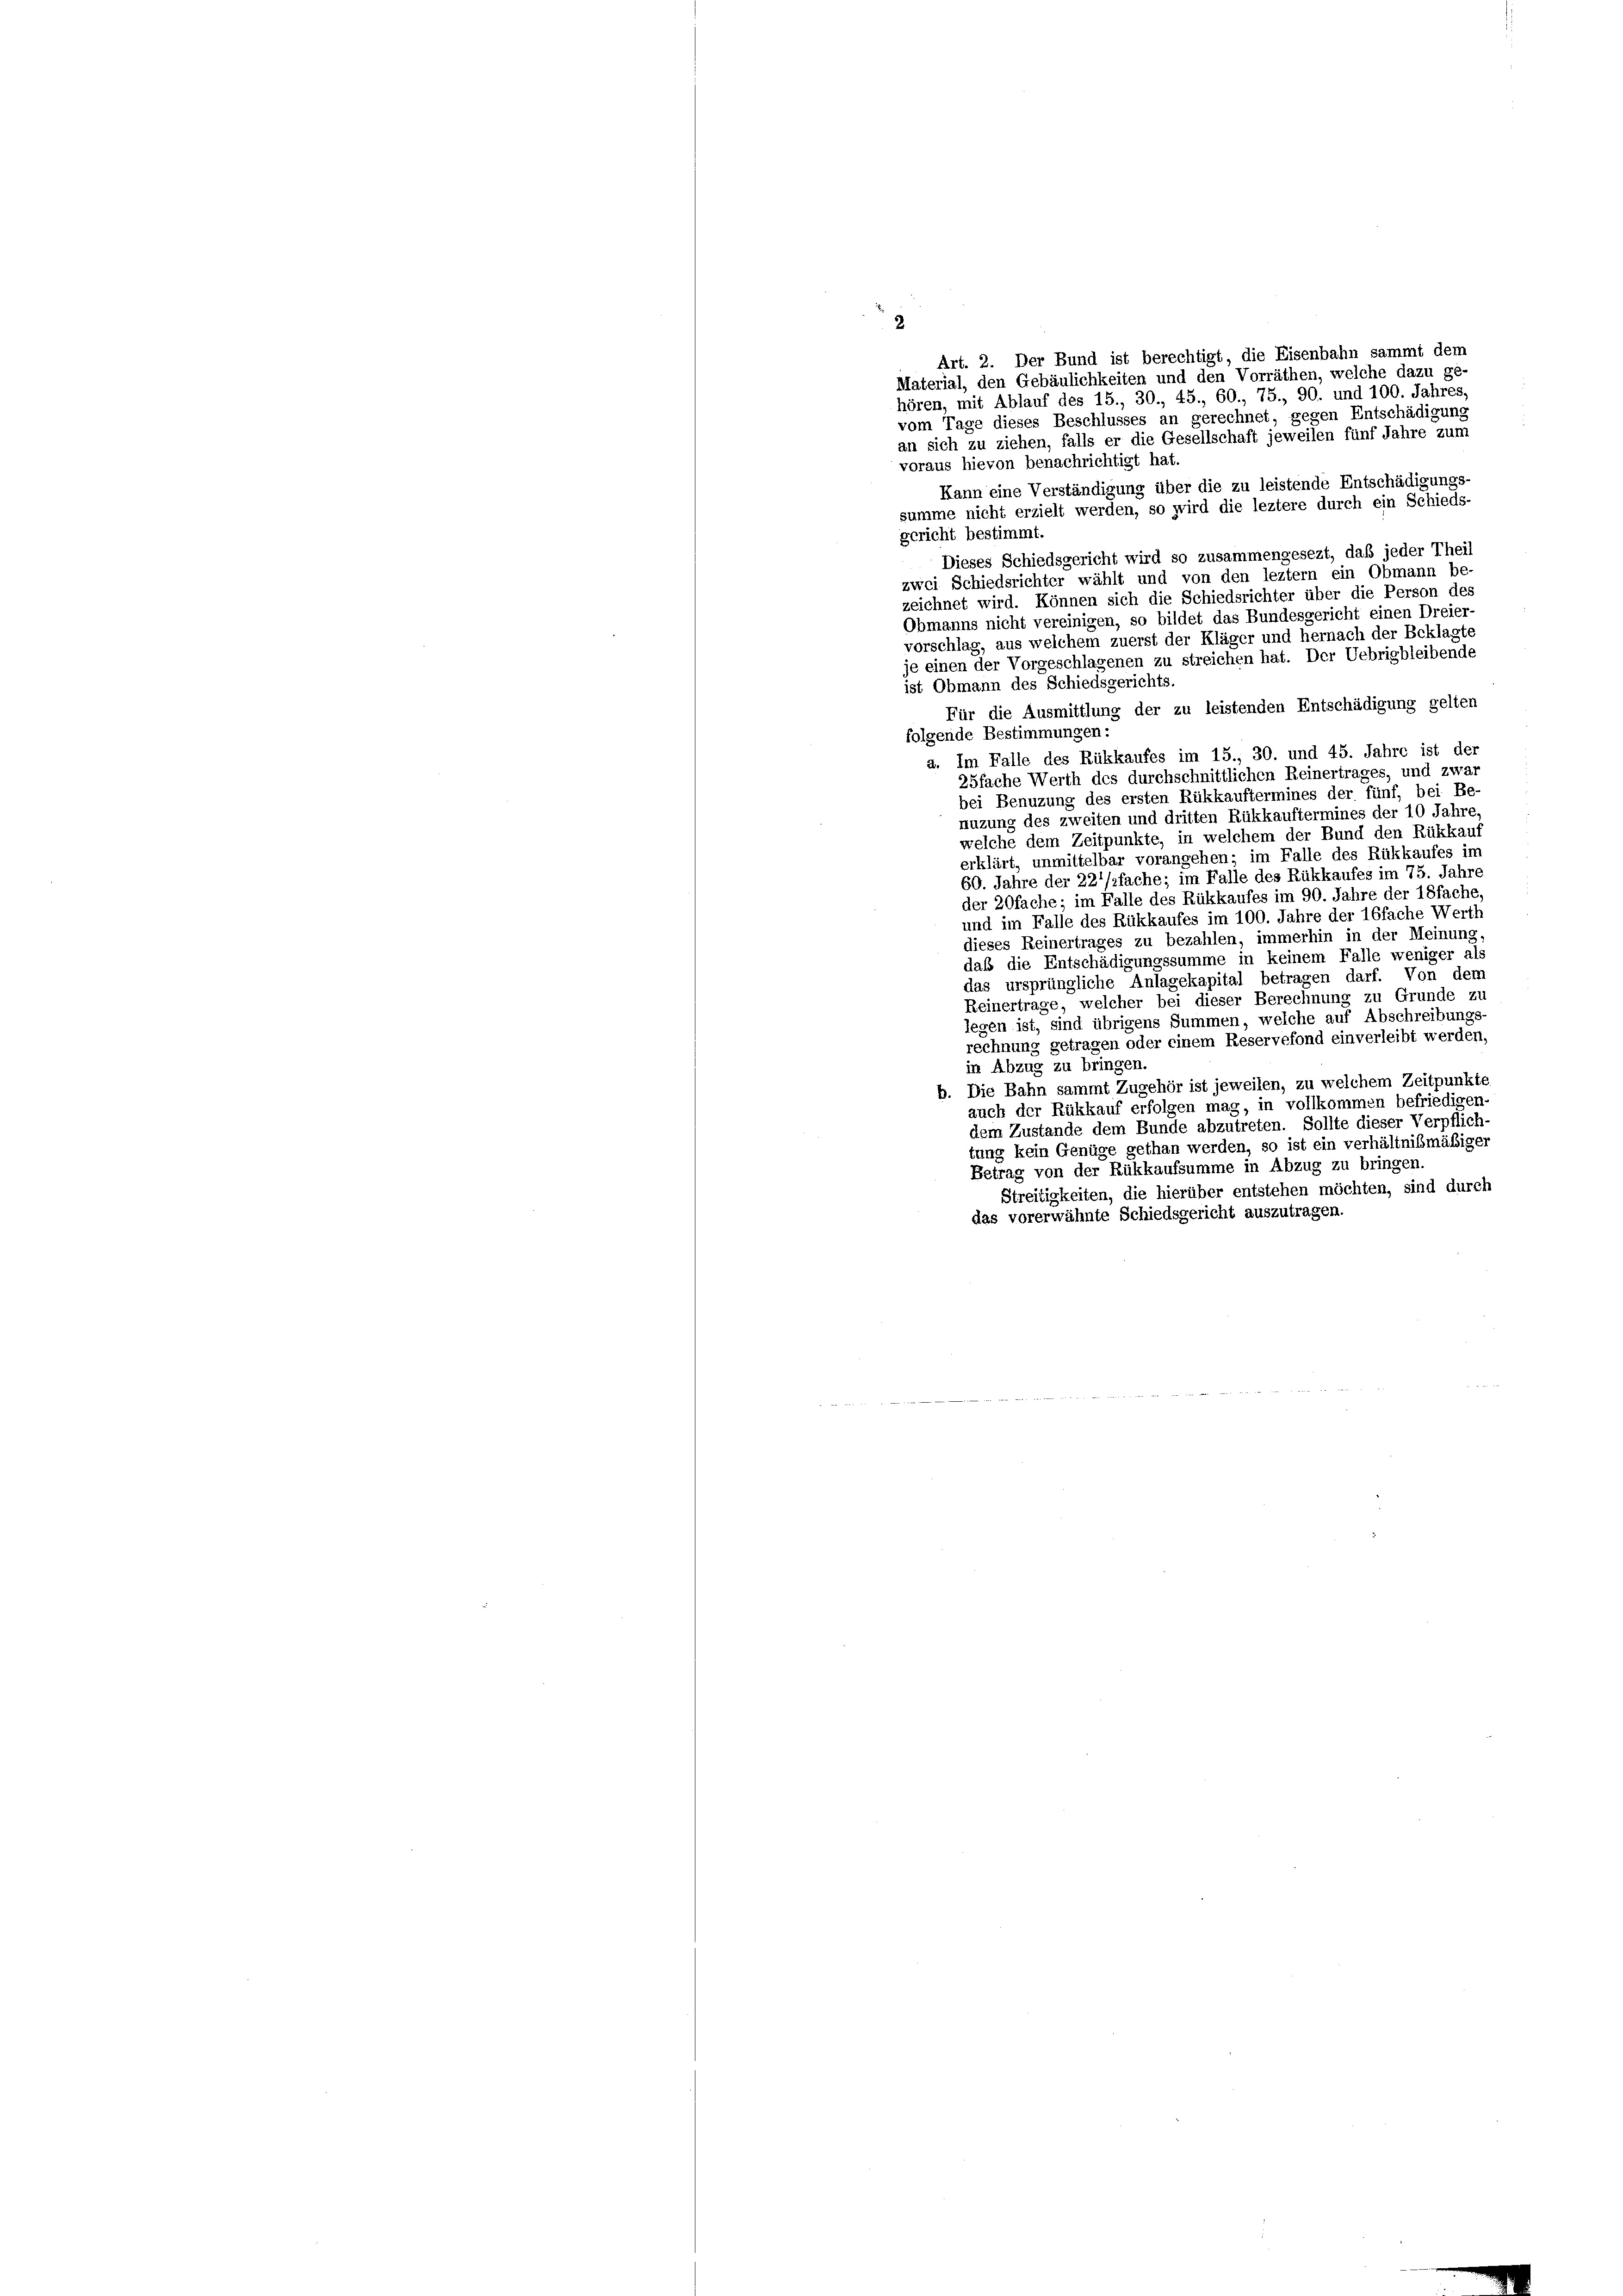
2
Art. 2. Der Bund ist berechtigt, die Eisenbahn sammt dem
Material, den Gebäulichkeiten und den Vorräthen, welche dazu ge-
hören, mit Ablauf des 15., 30., 45., 60., 75., 90. und 100. Jahres,
vom Tage dieses Beschlusses an gerechnet, gegen Entschädigung
an sich zu ziehen, falls er die Gesellschaft jeweilen fünf Jahre zum
voraus hievon benachrichtigt hat.
Kann eine Verständigung über die zu leistende Entschädigungs-
summe nicht erzielt werden, so wird die leztere durch ein Schieds-
gericht bestimmt
Dieses Schiedsgericht wird so zusammengesezt, daß jeder Theil
zwei Schiedsrichter wählt und von den leztem ein Obmann be-
zeichnet wird. Können sich die Schiedsrichter über die Person des
Obmanns nicht vereinigen, so bildet das Bundesgericht einen Dreier-
vorschlag, aus welchem zuerst der Kläger und hernach der Beklagte
je einen der Vorgeschlagenen zu streichen hat. Der Uebrigbleibende
ist Obmann des Schiedsgerichts.
Für die Ausmittlung der zu leistenden Entschädigung gelten
folgende Bestimmungen:
a. Im Falle des Rükkaufes im 15., 30. und 45. Jahre ist der
25fache Werth des durchschnittlichen Reinertrages, und zwar
bei Benuzung des ersten Rükkauftermines der fünf, bei Be-
nuzung des zweiten und dritten Rükkauftermines der 10 Jahre,
welche dem Zeitpunkte, in welchem der Bund den Rükkau
erklärt, unmittelbar vorangehen; im Falle des Rükkaufes im
60. Jahre der 22fache; im Falle des Rükkaufes im 75. Jahre
der 20fache; im Falle des Rückkaufes im 90. Jahre der 18fache.
und im Falle des Rükkaufes im 100. Jahre der 16fache Werth
dieses Reinertrages zu bezahlen, immerhin in der Meinung
daß die Entschädigungssumme in keinem Falle weniger als
das ursprüngliche Anlagekapital betragen darf. Von dem
Reinertrage, welcher bei dieser Berechnung zu Grunde zu
legen ist, sind übrigens Summen, welche auf Abschreibungs-
rechnung getragen oder einem Reservefond einverleibt werden,
in Abzug zu bringen.
b. Die Bahn sammt Zugehör ist jeweilen, zu welchem Zeitpunkte
auch der Rükkauf erfolgen mag, in vollkommen befriedigen,
dem Zustande dem Bunde abzutreten. Sollte dieser Verpflich-
tung kein Genüge gethan werden, so ist ein verhältnißmäßiger
Betrag von der Rükkaufsumme in Abzug zu bringen.
Streitigkeiten, die hierüber entstehen möchten, sind durch
das vorerwähnte Schiedsgericht auszutragen.
  gegen hatte den kann in